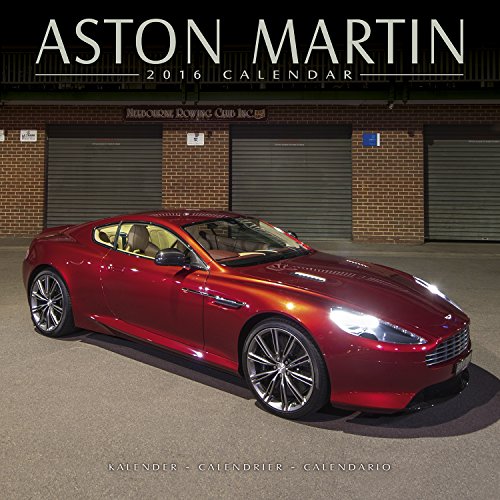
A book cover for Aston Martin Calendar - 2016 Wall Calendars - Car Calendars - James Bond - Monthly Wall Calendar by Avonside; MegaCalendars; Calendars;